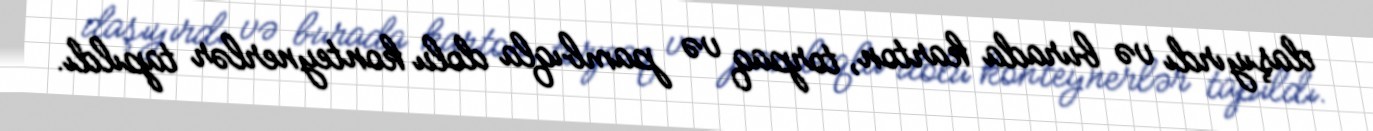
daşıyırdı və burada karton, torpaq və pambıqla dolu konteynerlər tapıldı.